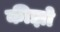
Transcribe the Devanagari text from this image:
कीझो